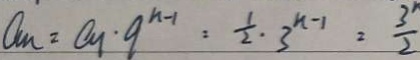
a _ { n } = a _ { 1 } \cdot q ^ { n - 1 } : \frac { 1 } { 2 } \cdot 3 ^ { n - 1 } = \frac { 3 ^ { n } } { 2 }